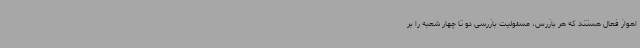
اهواز فعال هستند که هر بازرس، مسئولیت بازرسی دو تا چهار شعبه را بر